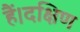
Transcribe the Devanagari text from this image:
हैं।दक्षिण